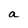
Character: a